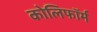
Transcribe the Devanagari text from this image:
कोलिफॉर्म